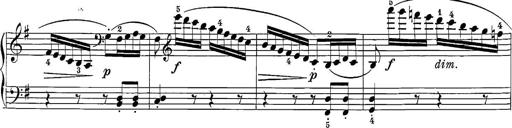
Title: 12 Sonatine per Pianoforte
Composer: Friedrich Kuhlau